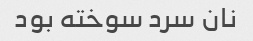
نان سرد سوخته بود